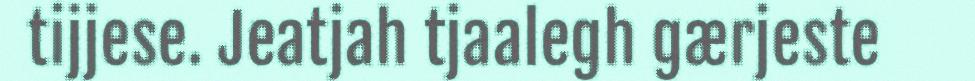
tijjese. Jeatjah tjaalegh gærjeste